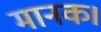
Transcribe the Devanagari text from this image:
मानक।